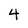
Character: 4